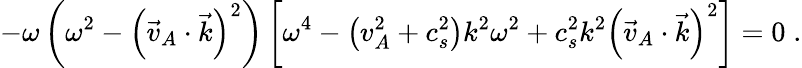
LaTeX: -{\omega}\left({\omega}^{2}-\left(\vec{v}_{A}\cdot\vec{k}\right)^{2}\right)\left[{\omega}^{4}-\left(v_{A}^{2}+c_{s}^{2}\right)k^{2}{\omega}^{2}+c_{s}^{2}k^{2}\left(\vec{v}_{A}\cdot\vec{k}\right)^{2}\right]=0\; .